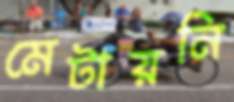
মেটায়নি